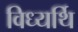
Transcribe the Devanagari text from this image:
विध्यर्थि